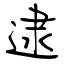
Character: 逮